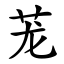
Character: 茏